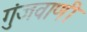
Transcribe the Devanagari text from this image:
गुंजवाणी